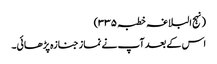
(نہج البلاغہ خطبہ ۳۳۵)
اس کے بعد آپ نے نماز جنازہ پڑھائی۔